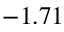
- 1 . 7 1